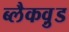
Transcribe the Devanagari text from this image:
ब्लैकव़ुड